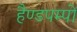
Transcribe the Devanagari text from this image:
हैण्डपम्पों